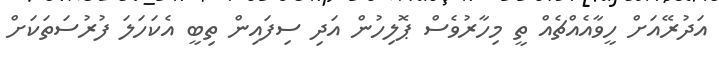
އަދުރޭއަށް ހީވާއެއްޗެއް ތީ މިހާރުވެސް ޕޮލިހުން އަދި ސިފައިން ތިބީ އެކަހަލަ ފުރުސަތަކަށް